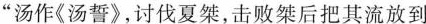
汤作《汤誓》,讨伐夏桀,击败桀后把其流放到